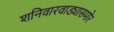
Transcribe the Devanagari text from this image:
शनिवारवाड्यासमोर